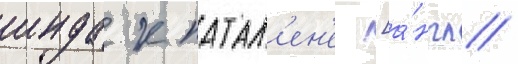
инда к патал'ен'е [а́нгл.